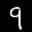
Label: 9